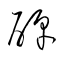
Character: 醇